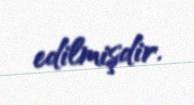
edilmişdir.